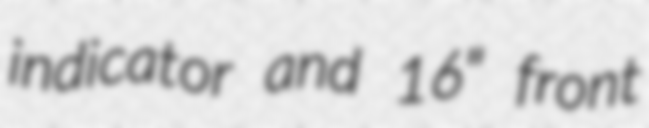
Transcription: indicator and 16" front